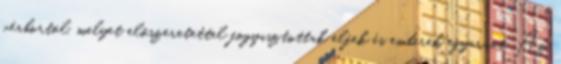
vérbortól, melyet előszeretettel fogyasztottak elfek és emberek egyaránt. Az